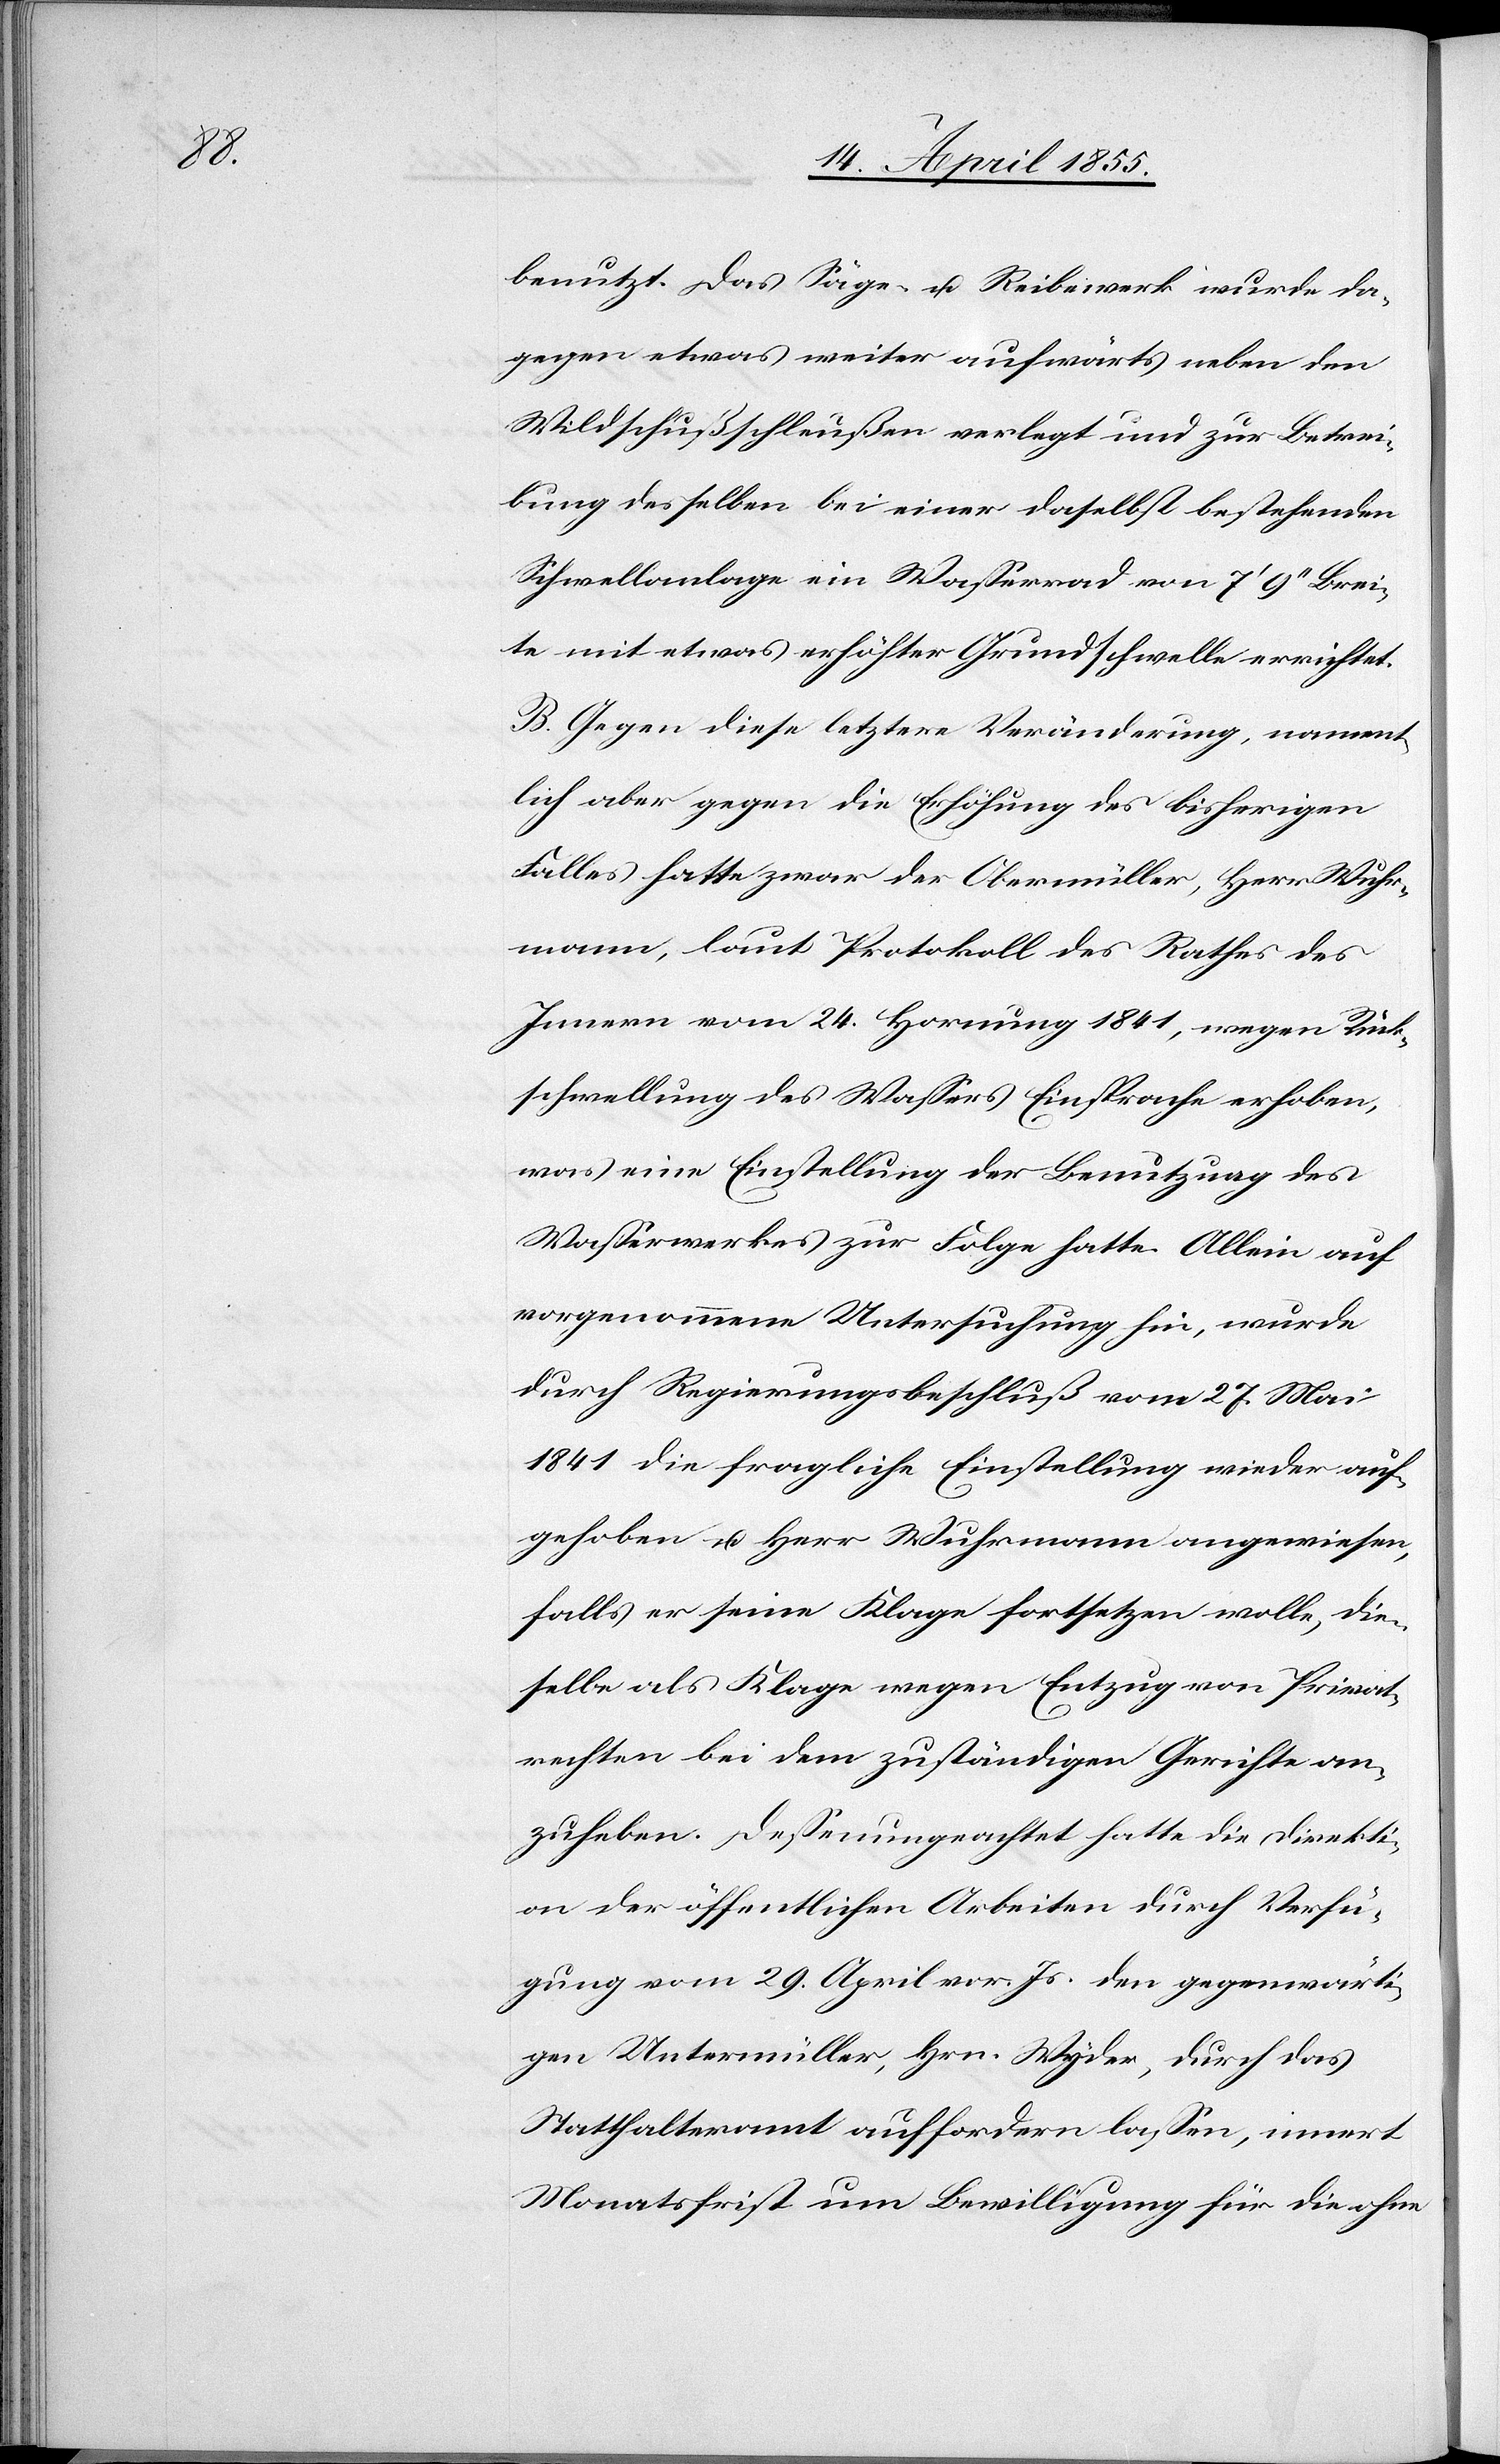
benutzt. Das Säge- u. Reibewerk wurde da¬
gegen etwas weiter aufwärts neben den
Wildschußschleußen verlegt und zur Betrei¬
bung desselben bei einer daselbst bestehenden
Schwellanlage ein Wasserrad von 7‘ 9‘‘ Brei¬
te mit etwas erhöhter Grundschwelle errichtet.
B. Gegen diese letztere Veränderung, nament¬
lich aber gegen die Erhöhung des bisherigen
Falles hatte zwar der Obermüller, Herr Wuhr¬
mann, laut Protokoll des Rathes des
Innern vom 24. Hornung 1841, wegen Rück¬
schwellung des Wassers Einsprache erhoben,
was eine Einstellung der Benutzung des
Wasserwerkes zur Folge hatte. Allein auf
vorgenommene Untersuchung hin, wurde
durch Regierungsbeschluß vom 27. Mai
1841 die fragliche Einstellung wieder auf¬
gehoben u. Herr Wuhrmann angewiesen,
falls er seine Klage fortsetzen wolle, die¬
selbe als Klage wegen Entzug von Privat¬
rechten bei dem zuständigen Gerichte an¬
zuheben. Dessenungeachtet hatte die Direkti¬
on der öffentlichen Arbeiten durch Verfü¬
gung vom 29. April vor. Js. den gegenwärti¬
gen Untermüller, Hrn. Wyder, durch das
Statthalteramt auffordern lassen, innert
Monatsfrist um Bewilligung für die ohne